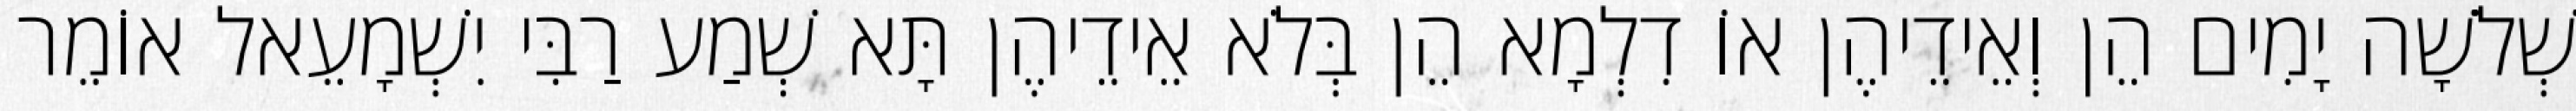
שְׁלֹשָׁה יָמִים הֵן וְאֵידֵיהֶן אוֹ דִלְמָא הֵן בְּלֹא אֵידֵיהֶן תָּא שְׁמַע רַבִּי יִשְׁמָעֵאל אוֹמֵר